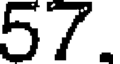
57.